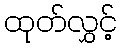
ထုတ်လွှင့်